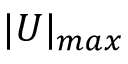
| U | _ { m a x }